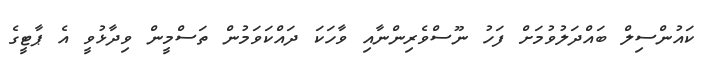
ކައުންސިލް ބައްދަލުވުމަށް ފަހު ނޫސްވެރިންނާއި ވާހަކަ ދައްކަވަމުން ތަސްމީން ވިދާޅުވީ އެ ޕާޓީގެ